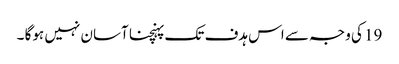
19 کی وجہ سے اس ہدف تک پہنچنا آسان نہیں ہوگا ۔